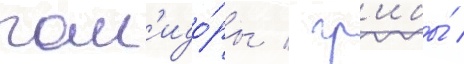
пом'идо́ры / гр'ибы́ /